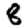
Digit: 8